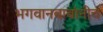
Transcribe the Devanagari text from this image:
भगवानबाबांनीच